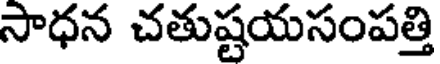
సాధన చతుష్టయసంపత్తి